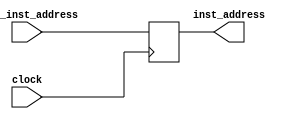
module ProgramCounter(inst_address, next_inst_address, clock); 
	// for instruction memory of size 64 , 8 bit address
	// UPDATE : although the instruction mem size is just 64 bytes
	// i'm addressing it with 32 bit address to be consisitent with the datapath shown in the Ref. P271
	// also for avoiding more modifications at least for now , till it's up and running 
	
	input [31:0]next_inst_address;
	input clock;
	output  [31:0]inst_address;
	
	reg [31:0]inst_address;
	
	initial 
	begin
		inst_address=0;  // initialy point to the 1st instruction i'e address 0
	end

	always @(posedge clock) 
	begin
		#5 inst_address= next_inst_address;
	end
endmodule